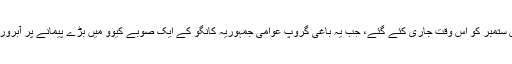
اس کی گرفتاری کے وارنٹ اٹھائیس ستمبر کو اس وقت جاری کئے گئے، جب یہ باغی گروپ عوامی جمہوریہ کانگو کے ایک صوبے کیوَو میں بڑے پیمانے پر آبروریزی اور قتل عام کا مرتکب پایا گیا۔